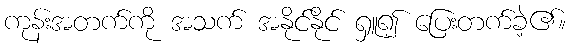
ကုန်းအတက်ကို အသက် အနိုင်နိုင် ရှူ၍ ပြေးတက်ခဲ့၏။